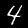
Digit: 4